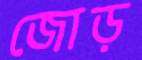
জোড়